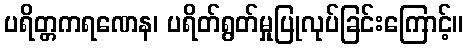
ပရိတ္တကရဏေန၊ ပရိတ်ရွတ်မှုပြုလုပ်ခြင်းကြောင့်။